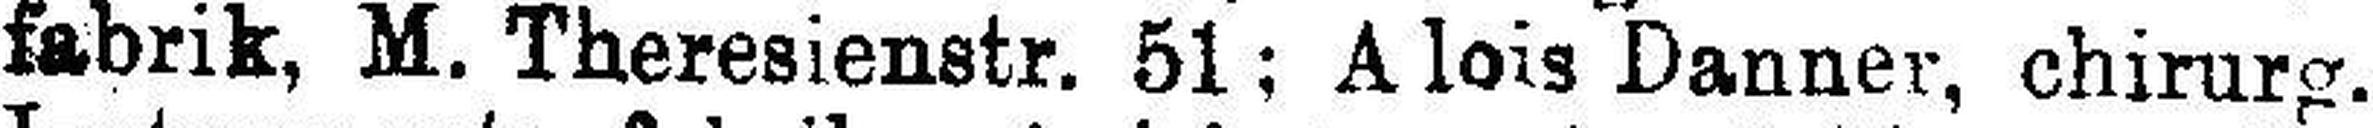
fabrik, M. Theresienstr. 51; Alois Danner, Chirurg.